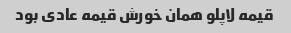
قیمه لاپلو همان خورش قیمه عادی بود